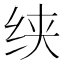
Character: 𰬍